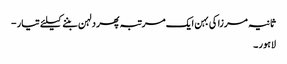
ثانیہ مرزا کی بہن ایک مرتبہ پھر دلہن بننے کیلئے تیار -
لاہور ۔